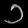
Digit: ၁